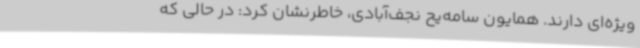
ویژه‌ای دارند. همایون سامه‌یح نجف‌آبادی، خاطرنشان کرد: در حالی که